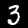
Label: 3